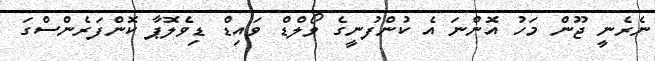
ނެރެނީ ޖޫން މަހު އޮންނަ އެ ކުންފުނީގެ ވޯލްޑް ވައިޑް ޑިވެލޮޕާ ކޮންފަރެންސްގަ